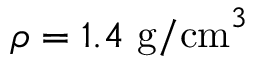
\rho = 1 . 4 ~ \mathrm { g / c m } ^ { 3 }